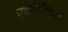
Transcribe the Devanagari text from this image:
एकोंटिंग